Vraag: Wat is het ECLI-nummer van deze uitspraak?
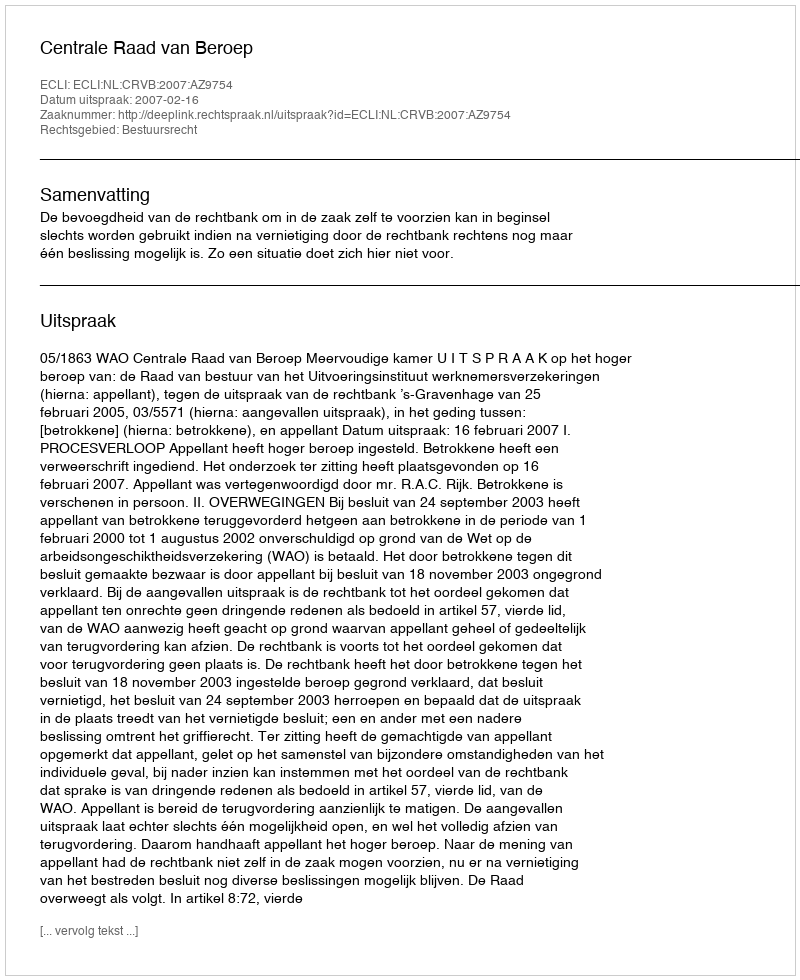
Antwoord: ECLI:NL:CRVB:2007:AZ9754